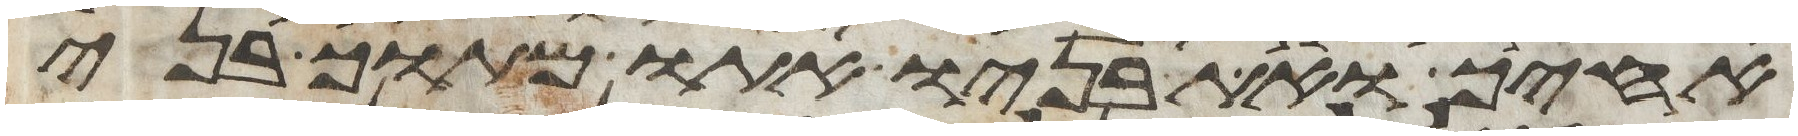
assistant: אחיך ואת בניו אתו מתוך בני